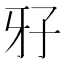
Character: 𤘅